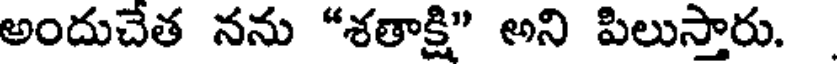
అందుచేత నను "శతాక్షి" అని పిలుస్తారు.